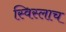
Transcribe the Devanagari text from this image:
स्विस्लाच